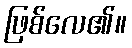
ဖြစ်လေ၏။